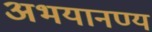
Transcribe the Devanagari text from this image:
अभयानण्‍य